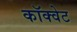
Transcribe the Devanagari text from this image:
कॉक्वेट